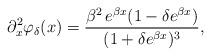
LaTeX: \begin{align*}\partial_x^2 \varphi_{\delta}(x)=\frac{\beta^2 \, e^{\beta x}(1-\delta e^{\beta x})}{(1+\delta e^{\beta x})^3} ,\end{align*}